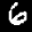
Label: 6